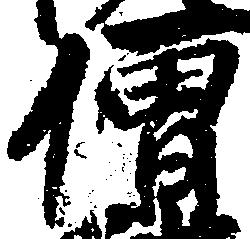
僧